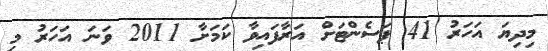
މިދިޔަ އަހަރު 41 ޕަސެންޓަށް އަރާފައިވާ ކަމަށާ 2011 ވަނަ އަހަރު މި